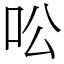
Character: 㕬